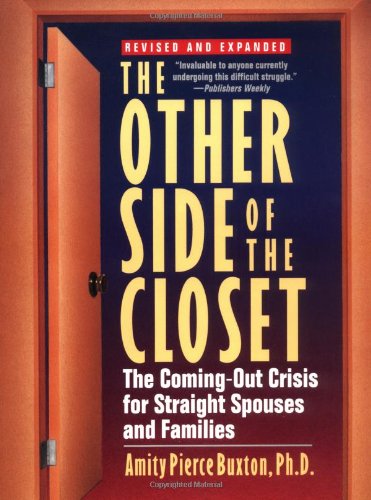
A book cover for The Other Side of the Closet: The Coming-Out Crisis for Straight Spouses and Families; Amity  Pierce Buxton; Gay & Lesbian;